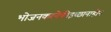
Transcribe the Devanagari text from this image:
भोजनकरनेकीइच्छानाहोन